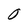
Character: 0